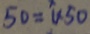
5 0 = 1 \times 5 0